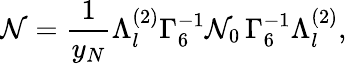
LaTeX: {\cal N}=\frac{1}{y_{N}}\Lambda_{l}^{(2)}\Gamma_{6}^{-1}{\cal N}_{0}\, \Gamma_{6}^{-1}\Lambda_{l}^{(2)},